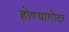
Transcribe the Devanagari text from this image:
होण्यागोदर